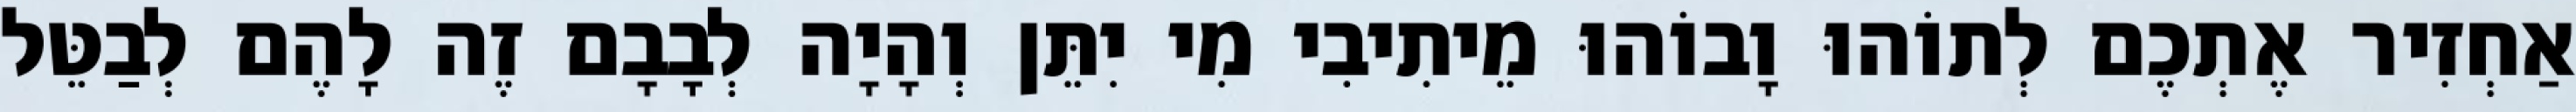
אַחְזִיר אֶתְכֶם לְתוֹהוּ וָבוֹהוּ מֵיתִיבִי מִי יִתֵּן וְהָיָה לְבָבָם זֶה לָהֶם לְבַטֵּל